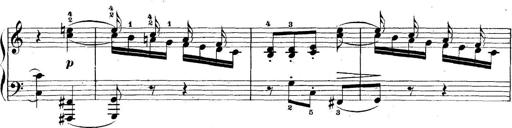
Title: 5 Sonatinas
Composer: Theodor Kirchner